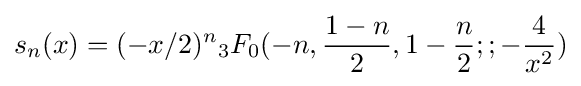
s_{n}(x)=(-x/2)^{n}{}_{3}F_{0}(-n,{\frac {1-n}{2}},1-{\frac {n}{2}};;-{\frac {4}{x^{2}}})